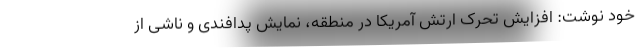
خود نوشت: افزایش تحرک ارتش آمریکا در منطقه، نمایش پدافندی و ناشی از